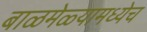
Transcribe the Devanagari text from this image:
बाळमेळ्यामध्येच